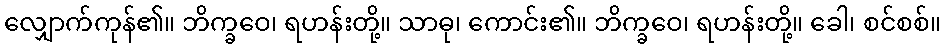
လျှောက်ကုန်၏။ ဘိက္ခဝေ၊ ရဟန်းတို့။ သာဓု၊ ကောင်း၏။ ဘိက္ခဝေ၊ ရဟန်းတို့။ ခေါ၊ စင်စစ်။